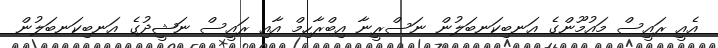
އެއީ ރައީސް މައުމޫންގެ އަނބިކަނބަލުން ނަސްރީނާ އިބްރާހިމް އާއި ރައީސް ނަޝީދުގެ އަނބިކަނބަލުން